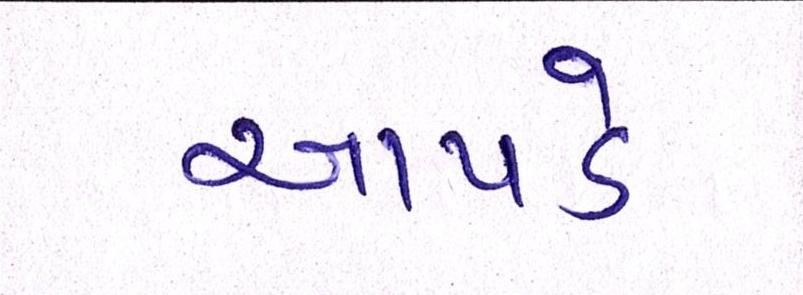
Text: આપડે